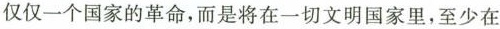
仅仅一个国家的革命，而是将在一切文明国家里，至少在